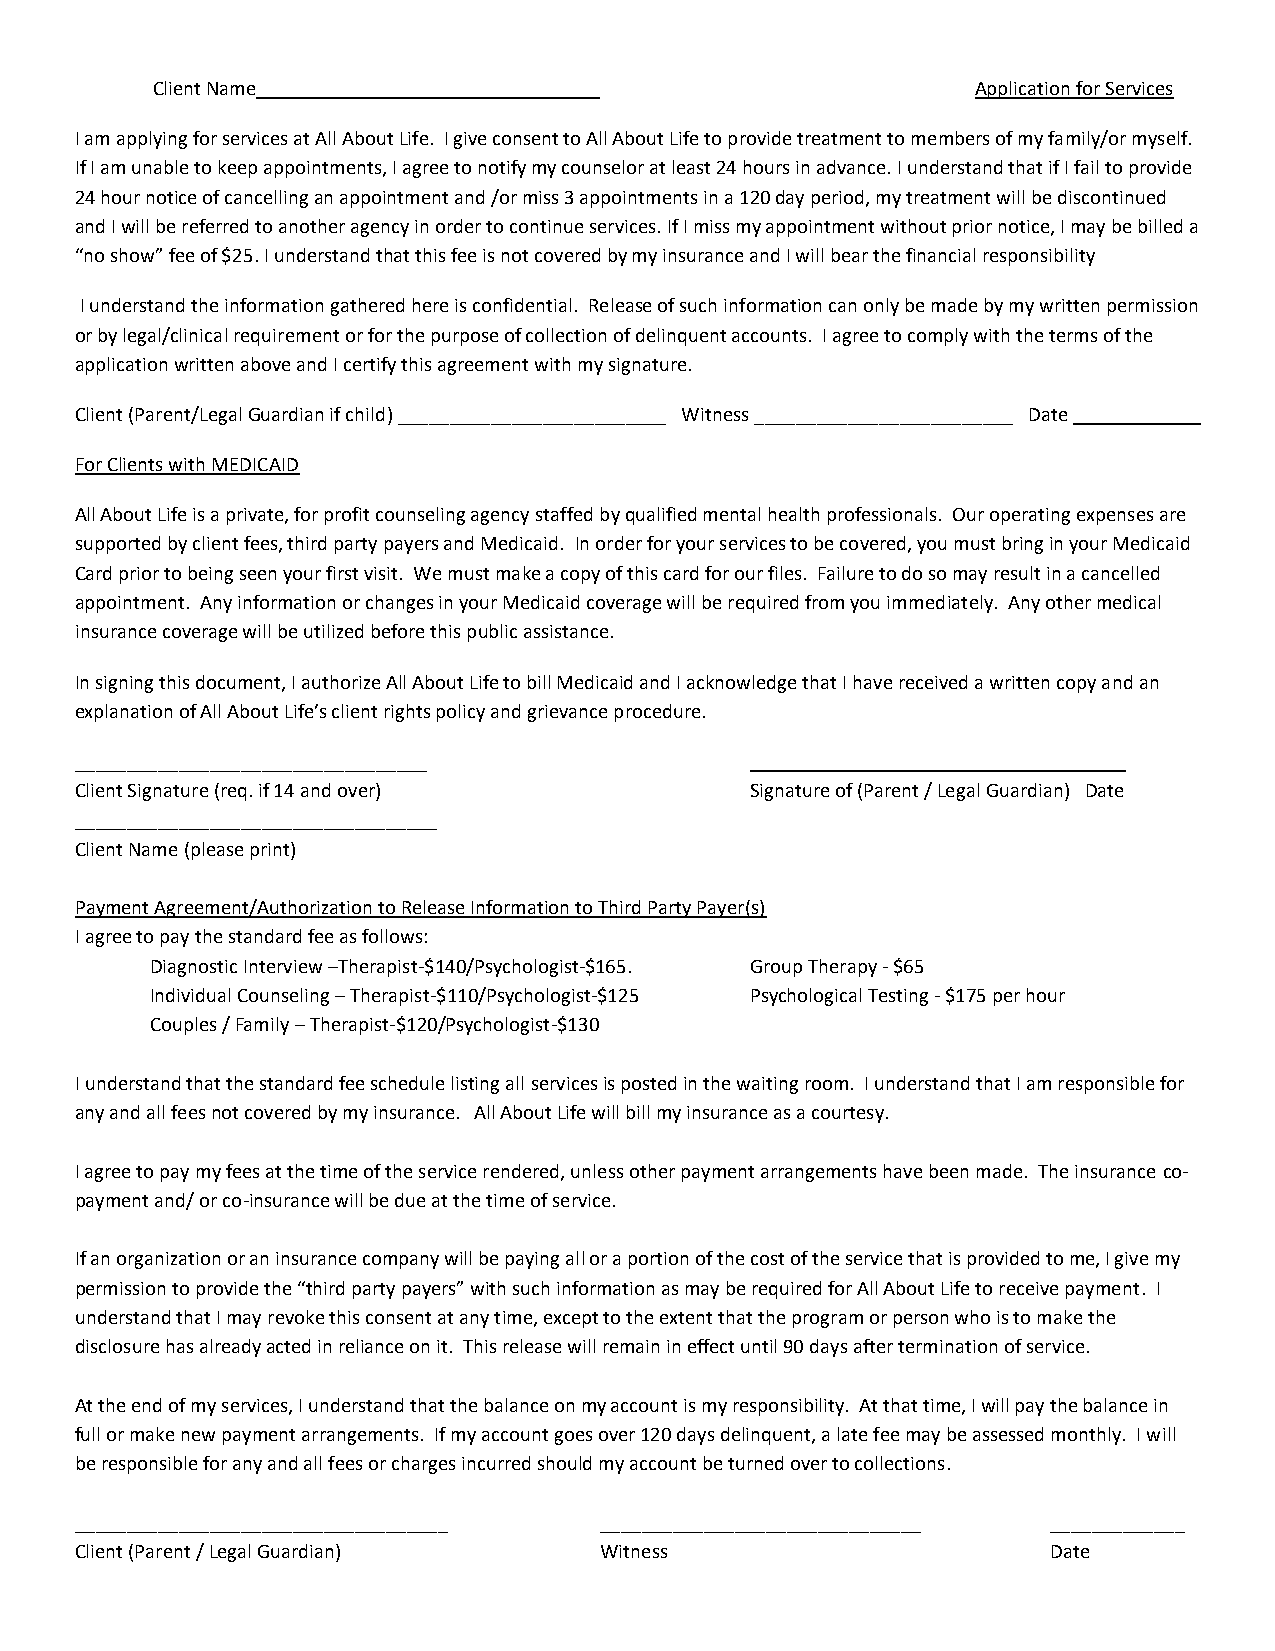
Client Name                                            Application for Services
 I am applying for services at All About Life. I give consent to All About Life to provide treatment to members of my family/or myself.
 If I am unable to keep appointments, I agree to notify my counselor at least 24 hours in advance. I understand that if I fail to provide
 24 hour notice of cancelling an appointment and /or miss 3 appointments in a 120 day period, my treatment will be discontinued
 and I will be referred to another agency in order to continue services. If I miss my appointment without prior notice, I may be billed a
 “no show” fee of $25. I understand that this fee is not covered by my insurance and I will bear the financial responsibility
 I understand the information gathered here is confidential. Release of such information can only be made by my written permission
 or by legal/clinical requirement or for the purpose of collection of delinquent accounts. I agree to comply with the terms of the
 application written above and I certify this agreement with my signature.
 Client (Parent/Legal Guardian if child) __________________________ Witness _________________________ Date
 For Clients with MEDICAID
 All About Life is a private, for profit counseling agency staffed by qualified mental health professionals. Our operating expenses are
 supported by client fees, third party payers and Medicaid. In order for your services to be covered, you must bring in your Medicaid
 Card prior to being seen your first visit. We must make a copy of this card for our files. Failure to do so may result in a cancelled
 appointment. Any information or changes in your Medicaid coverage will be required from you immediately. Any other medical
 insurance coverage will be utilized before this public assistance.
 In signing this document, I authorize All About Life to bill Medicaid and I acknowledge that I have received a written copy and an
 explanation of All About Life’s client rights policy and grievance procedure.
 __________________________________
 Client Signature (req. if 14 and over)       Signature of (Parent / Legal Guardian) Date
 ___________________________________
 Client Name (please print)
 Payment Agreement/Authorization to Release Information to Third Party Payer(s)
 I agree to pay the standard fee as follows:
 Diagnostic Interview –Therapist-$140/Psychologist-$165. Group Therapy - $65
 Individual Counseling – Therapist-$110/Psychologist-$125 Psychological Testing - $175 per hour
 Couples / Family – Therapist-$120/Psychologist-$130
 I understand that the standard fee schedule listing all services is posted in the waiting room. I understand that I am responsible for
 any and all fees not covered by my insurance. All About Life will bill my insurance as a courtesy.
 I agree to pay my fees at the time of the service rendered, unless other payment arrangements have been made. The insurance co-
 payment and/ or co-insurance will be due at the time of service.
 If an organization or an insurance company will be paying all or a portion of the cost of the service that is provided to me, I give my
 permission to provide the “third party payers” with such information as may be required for All About Life to receive payment. I
 understand that I may revoke this consent at any time, except to the extent that the program or person who is to make the
 disclosure has already acted in reliance on it. This release will remain in effect until 90 days after termination of service.
 At the end of my services, I understand that the balance on my account is my responsibility. At that time, I will pay the balance in
 full or make new payment arrangements. If my account goes over 120 days delinquent, a late fee may be assessed monthly. I will
 be responsible for any and all fees or charges incurred should my account be turned over to collections.
 ____________________________________ _______________________________ _____________
 Client (Parent / Legal Guardian)   Witness                       Date